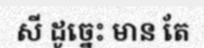
សី ដូច្នេះ មាន តែ